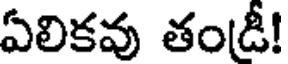
ఏలికవు తండీ!